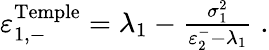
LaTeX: \begin{array}{r}{\varepsilon_{1,-}^{\mathrm{Temple}}=\lambda_{1}-\frac{\sigma_{1}^{2}}{\varepsilon_{2}^{-}-\lambda_{1}}\; .}\end{array}